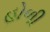
હોળી